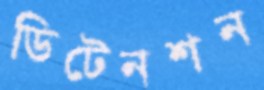
ডিটেনশন